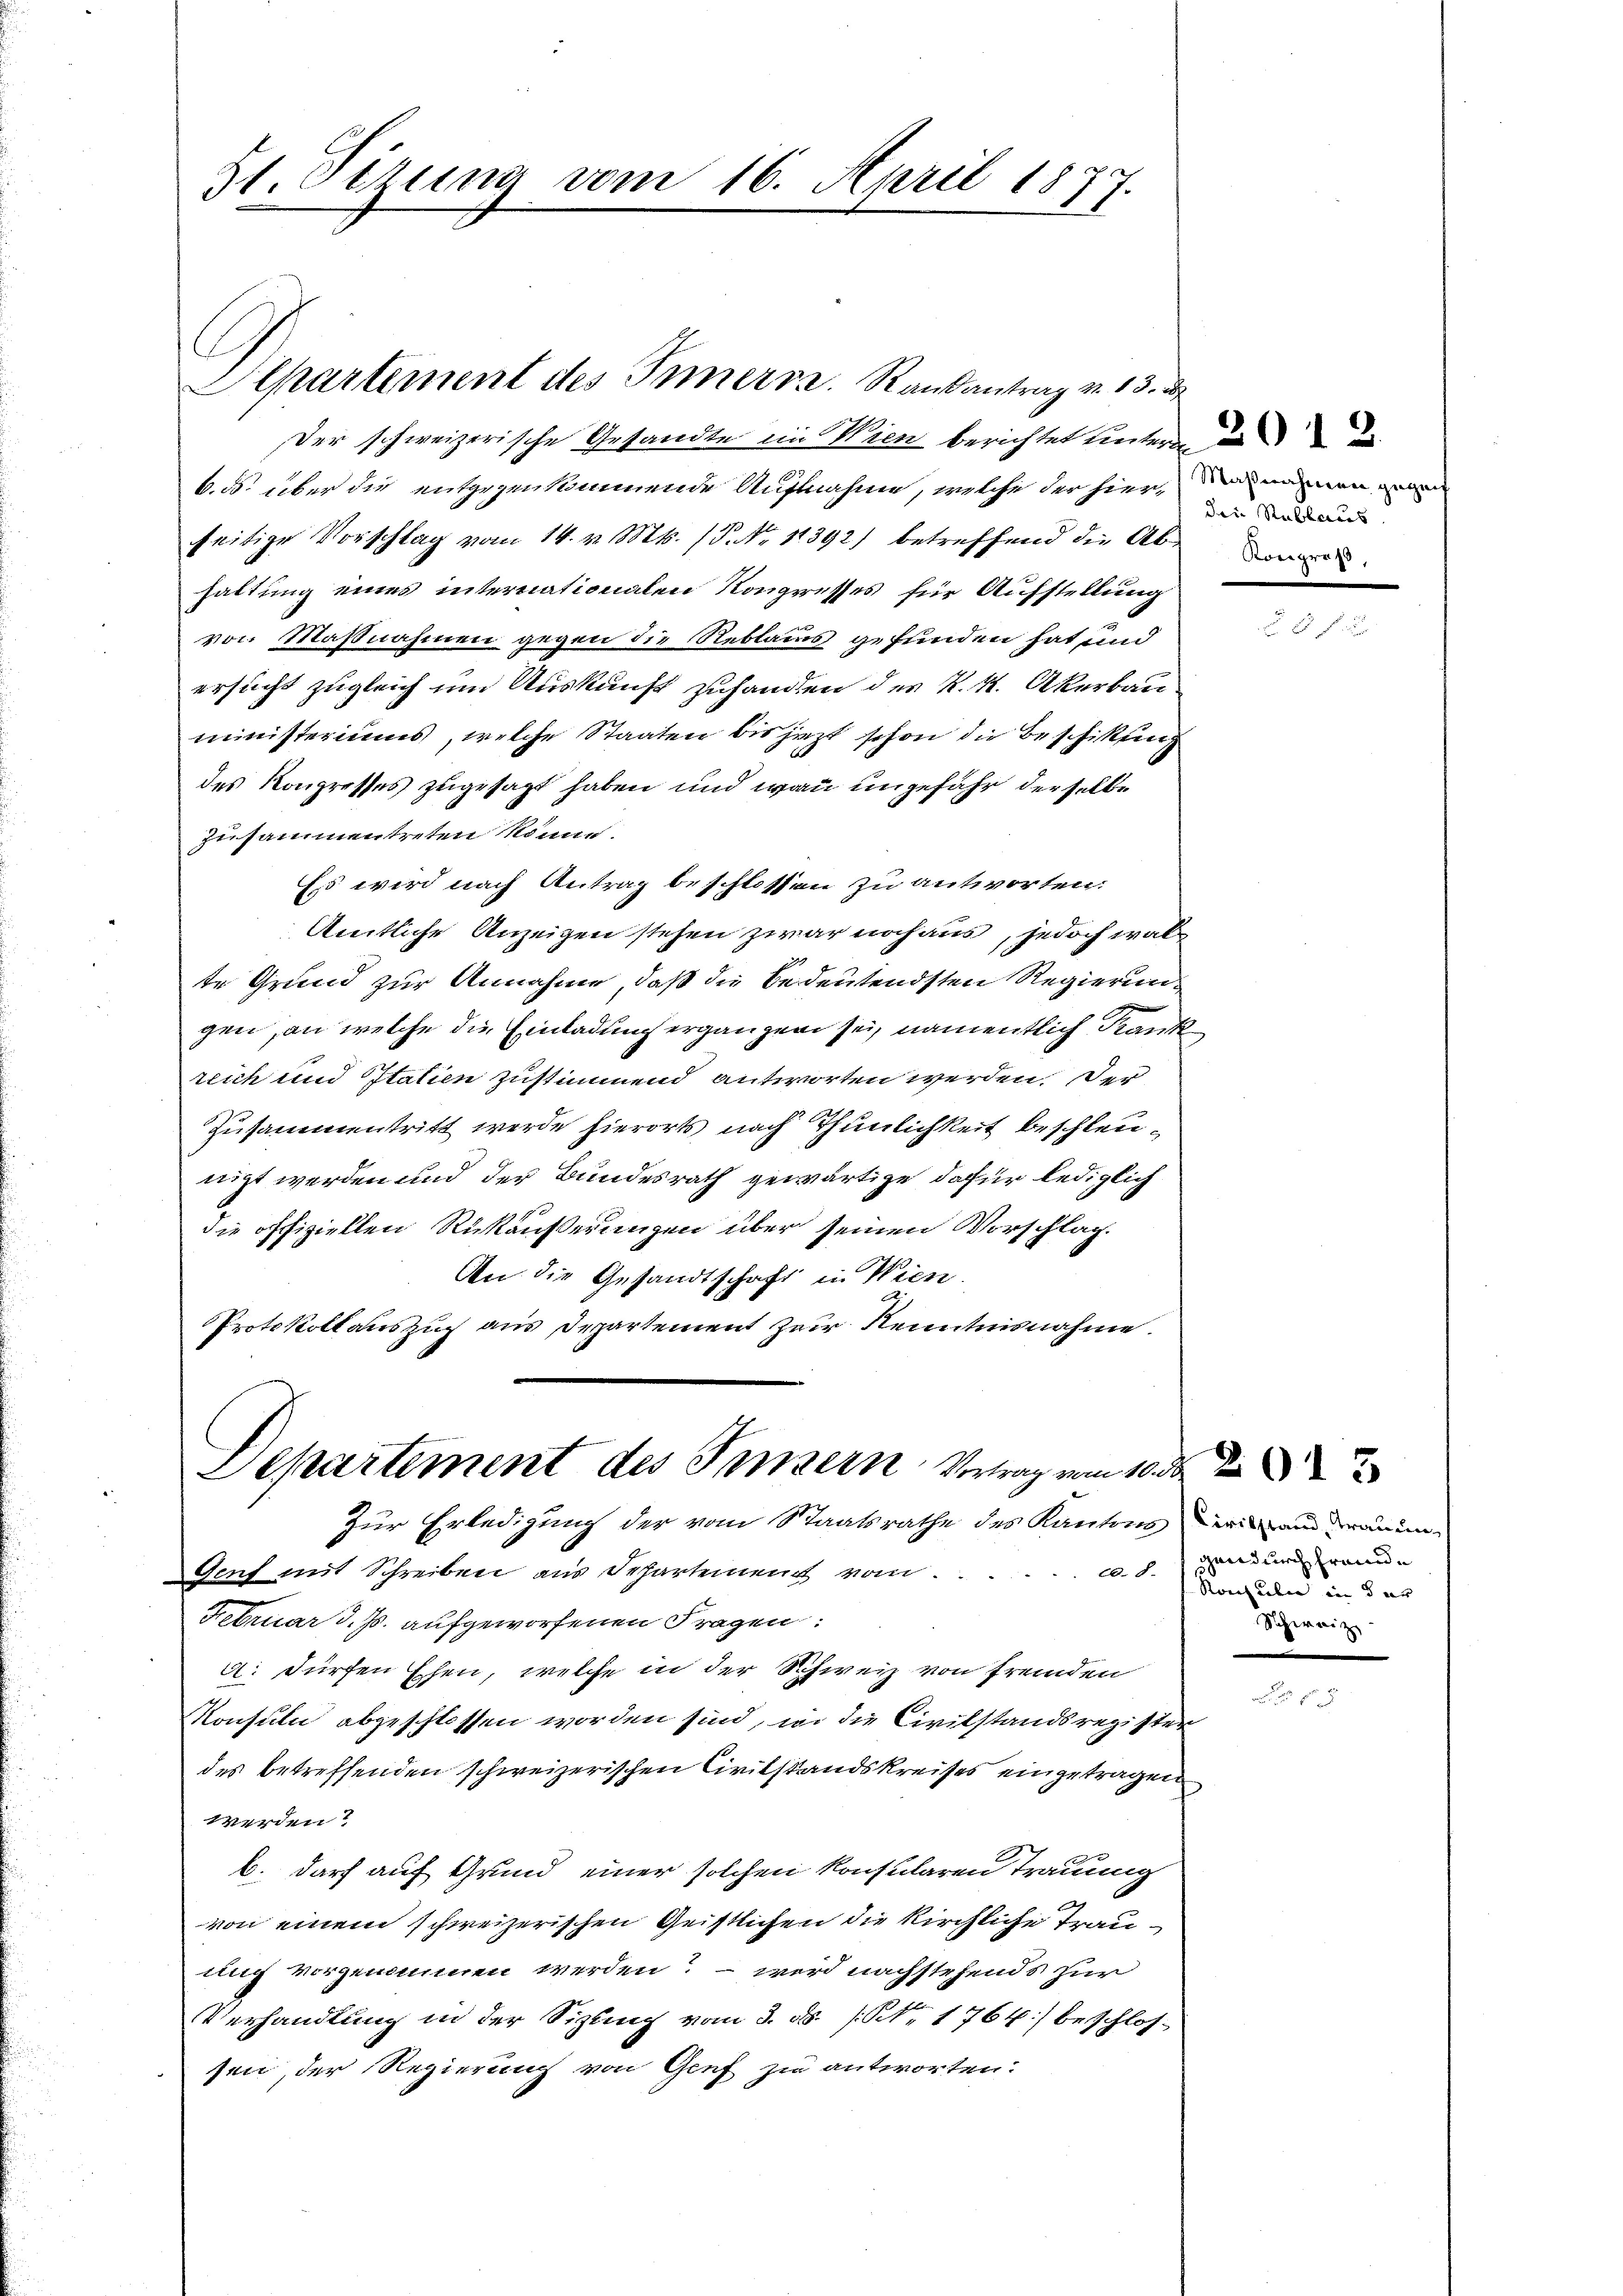
St. Otzung vom 16. April 1877.

Der schweizerische Gesandte im Wien berichtet unter un
6. ds. über die entgegenkommende Aufnahme, welche der hier, meinen
seitige Vorschlag vom 14. v. Mts. (P. Nr. 11392) betreffend die Abe
haltung eines internationalen Kongresses für Aufstellung
von Maßnahmen gegen die Reblamms gefunden hat und
ersucht zugleich um Auskunft zuhanden des K. K. Akerbauministeriums, welche Staaten bis jezt schon die Beschikung
des Kongresses zugesagt haben und wan ungefähr derselbe
zusammentreten könne.
Ess wird nach Antrag beschlossen zu antworten:
Amtliche Anzeigen stehen zwar noch aus, jedoch walte Grund zur Annahme, daß die bedeutendsten Regierungen, an welche die Einladung ergänzen sei, namentlich Krank
reich und Italien zustimmend antworten werden. Der
zusammentritt werde hierorts nach Thunlichkeit beschleunigt werden und der Bundesrath gewärtige dafür lediglich
die offiziellen Rükäußerungen über seinen Vorschlag.
An die Gesandtschaft in Wien.
Protokollauszug aus Departement zur Kenntnisnahme.

Aepartement des Innern. Raŭsantrag v. 13. d

Departement des Innern Vertrag am 10.
Zur Erledigung der vom Staatsrathe des Kantons Zeit ein Trauun
20. 8.
Genf mit Schreiben aus Departement vom
Februar d. Js. aufgeworfenen Fragen:

a dürfen Ehen, welche in der Schweiz von fremden
Konsuln abgeschlossen worden sind, wo die Civilstandsregister
des betreffenden schweizerischen Civilstandskreises eingetragen
werden?
b. darf auf Grund einer solchen konsularen Trauung
von einem schweizerischen Geistlichen die kirchliche Trauuic vorgenommen werden? – wird nachstehends zur
Verhandlung in der Sizling vom 3. ds. / NNo. 1766) beschlossen, der Regierung von Genf zu antworten.

den Rablaus

gandurch fremde
Konsulen in dar
Schweiz